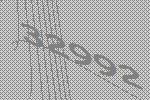
32992